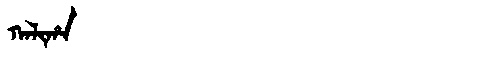
Manchu: ᡴᠠᠯᡳᡥᠠ
Romanization: KALIHA